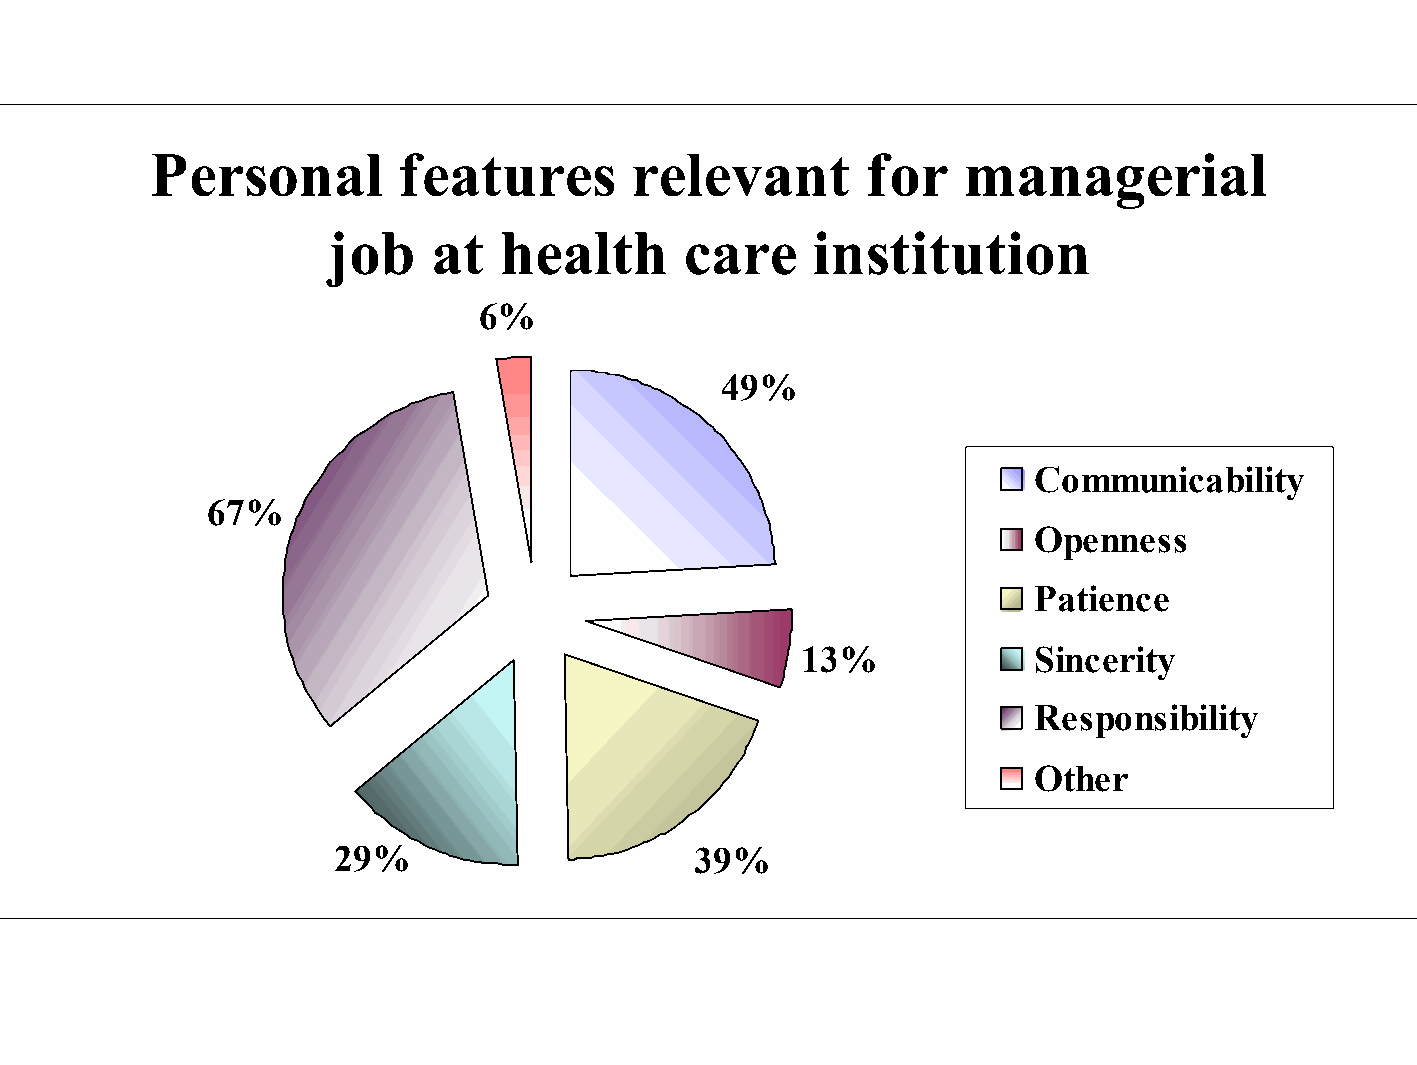
Personal         features       relevant       for    managerial
 job    at  health      care     institution
 6%
 49%
 Communicability
 67%
 Openness
 Patience
 13%             Sincerity
 Responsibility
 Other
 29%                     39%